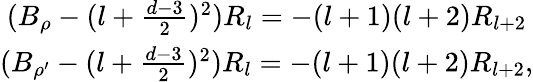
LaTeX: \begin{array}{c}{{(B_{\rho}-(l+\frac{d-3}{2})^{2})R_{l}=-(l+1)(l+2)R_{l+2}}}\\ {{(B_{\rho^{\prime}}-(l+\frac{d-3}{2})^{2})R_{l}=-(l+1)(l+2)R_{l+2},}}\end{array}